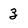
Character: 3